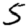
Digit: 5